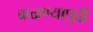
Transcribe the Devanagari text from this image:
कळण्यापूर्वी